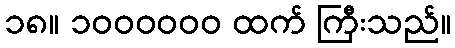
၁၈။ ၁၀၀၀၀၀၀ ထက် ကြီးသည်။